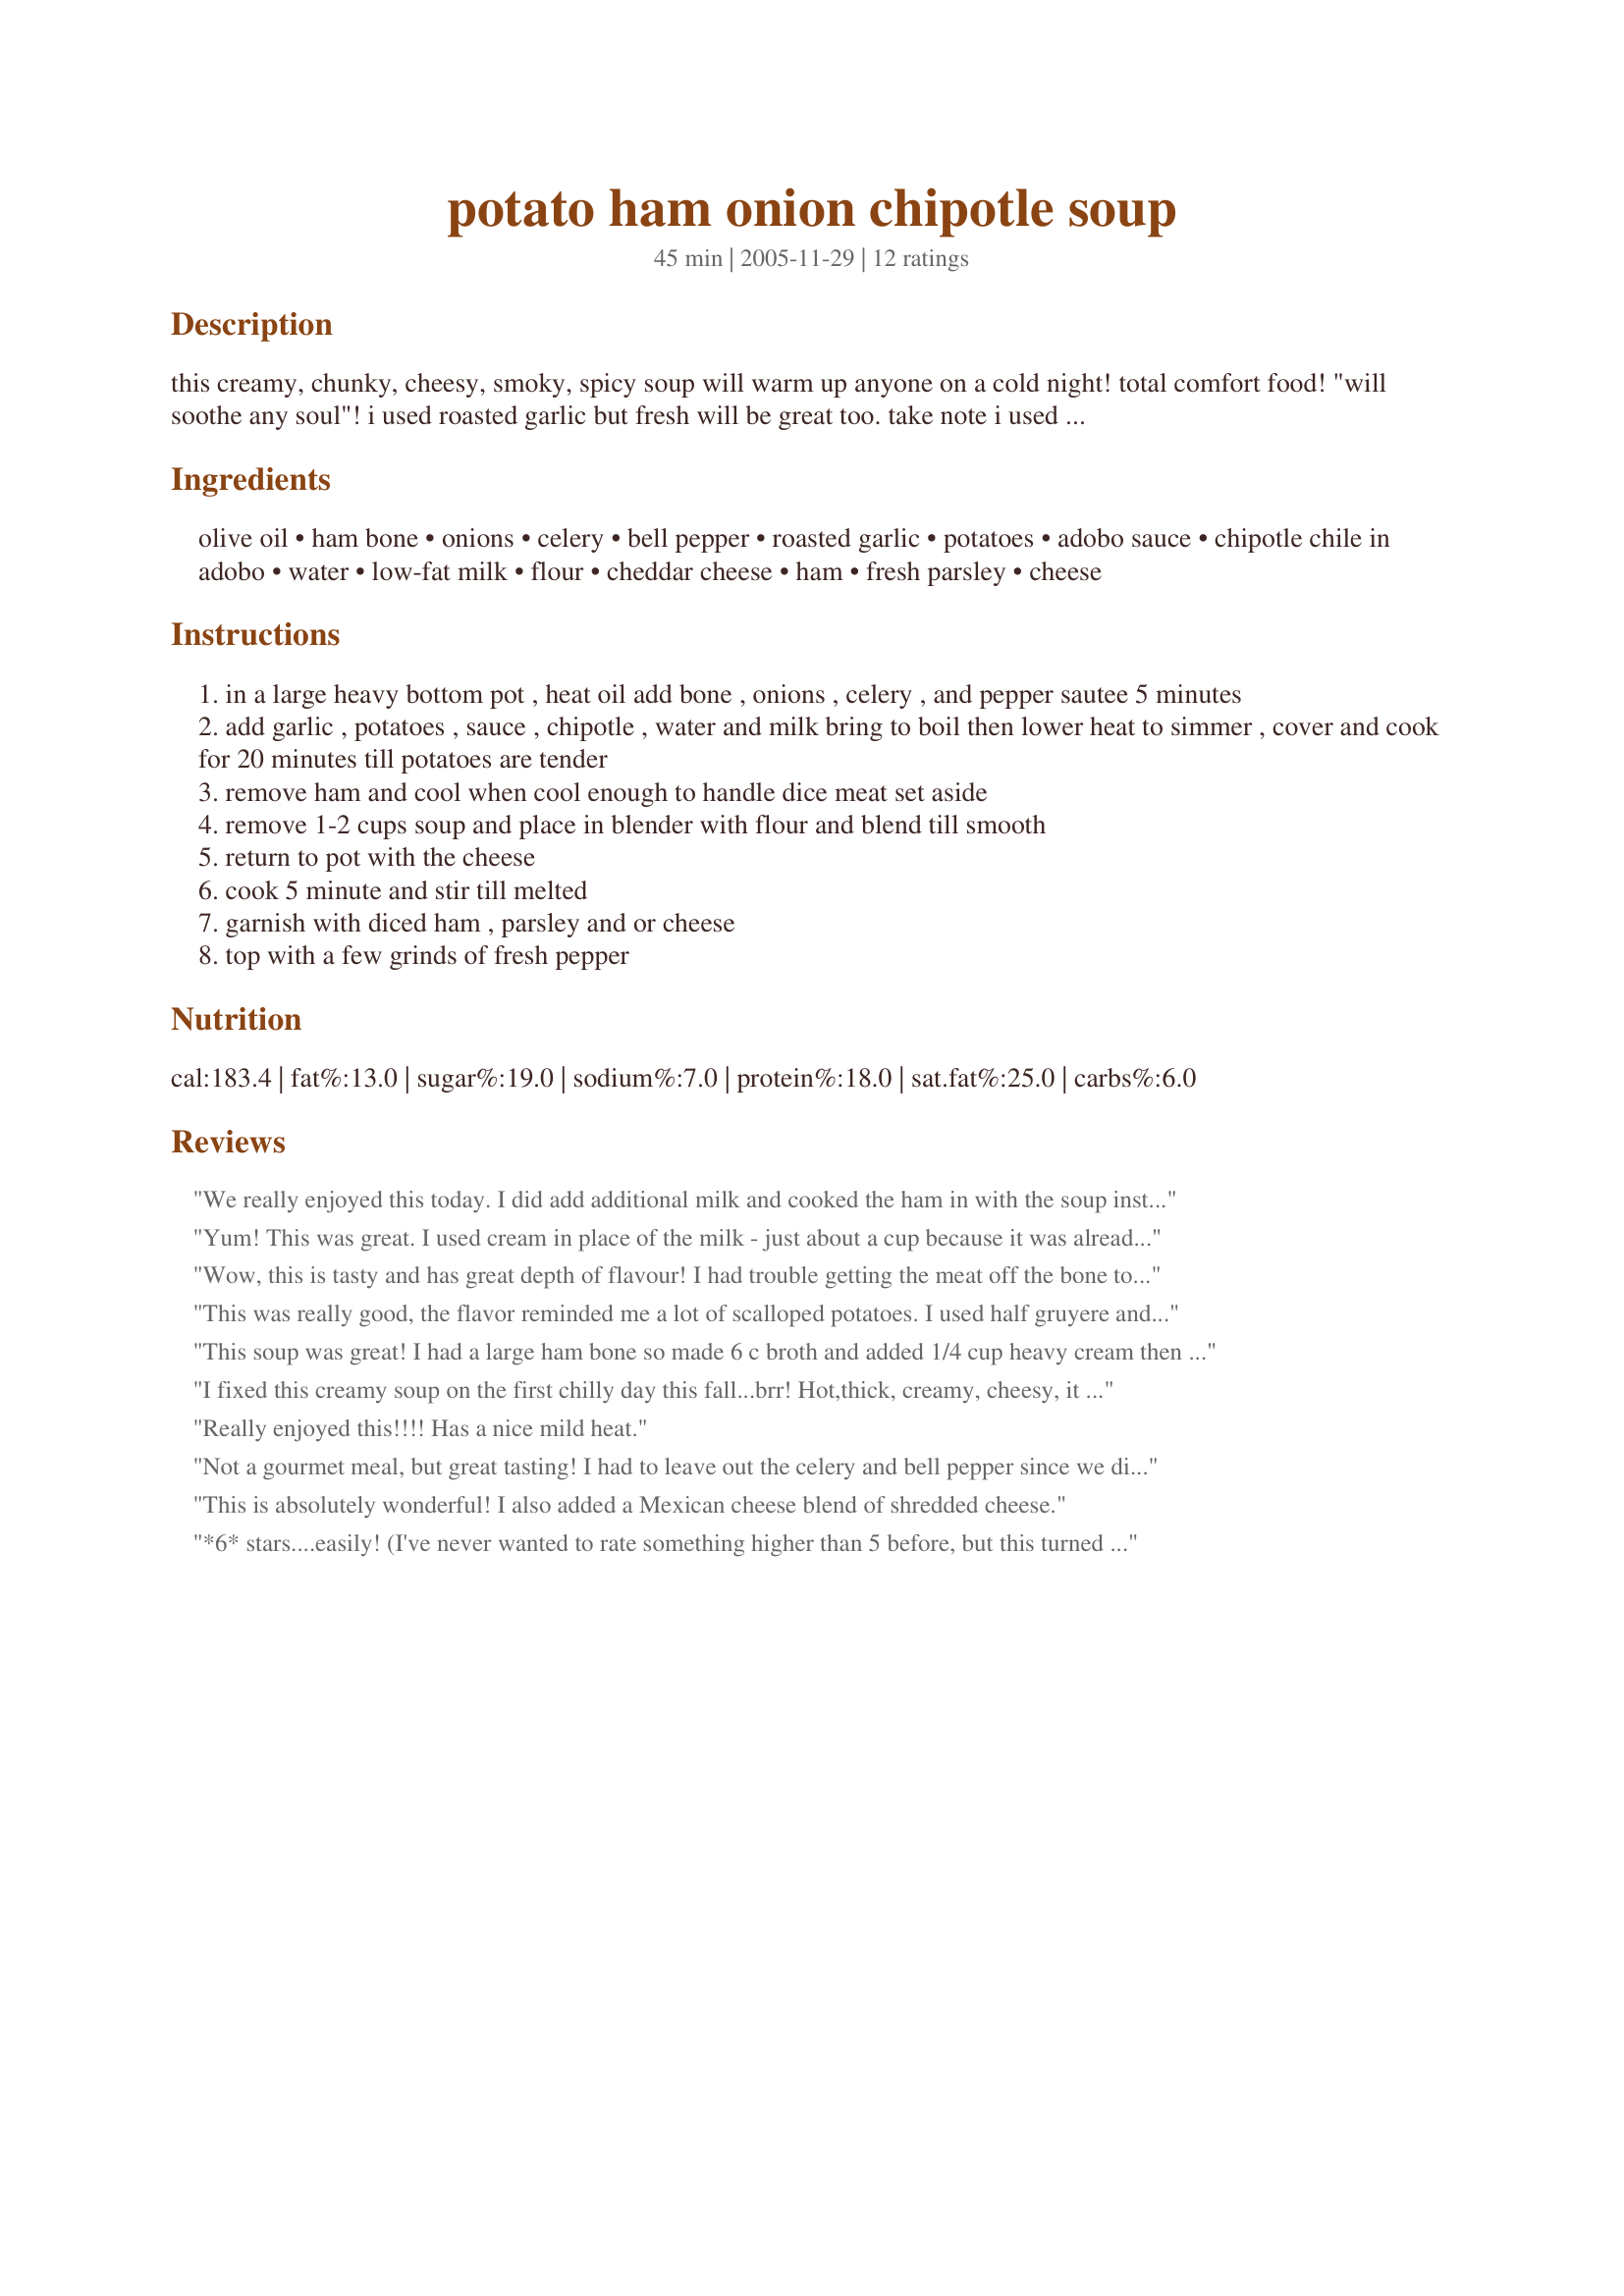
potato ham onion chipotle soup
Preparation time: 45 minutes

this creamy, chunky, cheesy, smoky, spicy soup will warm up anyone on a cold night! total comfort food! "will soothe any soul"!
i used roasted garlic but fresh will be great too. take note i used no salt because i found the ham did it job. you're welcome to season as you wish.

Ingredients:
olive oil, ham bone, onions, celery, bell pepper, roasted garlic, potatoes, adobo sauce, chipotle chile in adobo, water, low-fat milk, flour, cheddar cheese, ham, fresh parsley, cheese

Steps:
in a large heavy bottom pot , heat oil add bone , onions , celery , and pepper sautee 5 minutes
add garlic , potatoes , sauce , chipotle , water and milk bring to boil then lower heat to simmer , cover and cook for 20 minutes till potatoes are tender
remove ham and cool when cool enough to handle dice meat set aside
remove 1-2 cups soup and place in blender with flour and blend till smooth
return to pot with the cheese
cook 5 minute and stir till melted
garnish with diced ham , parsley and or cheese
top with a few grinds of fresh pepper

Reviews:
We really enjoyed this today. I did add additional milk and cooked the ham in with the soup instead of garnishing it on top. The addition of the Chipotle peppers and adobo sauce really added a nice kick to the flavors. I halved the recipe except added the whole chipotle and sauce. I let this simmer for about 2 or so hours and we really enjoyed. Thanks Rita for another great one.
Yum! This was great. I used cream in place of the milk - just about a cup because it was already the texture we liked. Delicious!
Wow, this is tasty and has great depth of flavour! I had trouble getting the meat off the bone to add in so I supplemented with leftover ham chunks near the end of the cooking. I used a whole dried chili because I didn't have the chilis in adobo sauce but it didn't give it any heat so I added chipotle hot sauce (President's Choice) until it had the warmth we were looking for (had to add much more than a tablespoon to have any impact). Adding this to my favourite recipes - thanks!
This was really good, the flavor reminded me a lot of scalloped potatoes. I used half gruyere and half cheddar and added a diced carrot as another reviewer had. I had to substitute chipotle hot sauce for the pepper and adobo since my grocery store didn't carry it.
This soup was great! I had a large ham bone so made 6 c broth and added 1/4 cup heavy cream then increased the recipe by 50%. Used only 2 chipotle chilis and no adobo sauce--any more and it would have been too spicy. Definitely on the repeat list...
I fixed this creamy soup on the first chilly day this fall...brr! Hot,thick, creamy, cheesy, it was perfect to warm me and my DH right up. I did not have a ham bone, so I just added chopped ham at the very end. I also added 1tbs taco seasoning and salt to taste, yum!
Really enjoyed this!!!! Has a nice mild heat.
Not a gourmet meal, but great tasting! I had to leave out the celery and bell pepper since we didn't have any. I also used some diced cooked ham in place of the ham bone and added it in the end with the cheese. I'm sure it would be that much better with the ham bone! I made half a recipe which I thought made about 3-4 servings. Thanks for posting!
This is absolutely wonderful! I also added a Mexican cheese blend of shredded cheese.
*6* stars....easily! (I've never wanted to rate something higher than 5 before, but this turned out to be a *spectacularly good* soup. Had my butcher halve an excellent smoked ham shank, added a diced carrot, used 2 chipotle chiles (seeded - NO sauce. Browned flour in with veggies, and didn't bother to blend - like the texture. Most importantly, used 1/2 sharp cheddar and 1/2 *smoked* gruyere cheese. Oh my....! UNreal. THANKS!
This soup is delicious! I just used freezer leftover ham chunks and roasted garlic that I keep in my freezer, I used canned adobo and increased the cheese slightly, my DH will enjoy this for lunch! thanks Rita...Kitten:)
Wonderful soup. This one is a keeper.It smelt great and I was so hungry that I forgot to add the cheese. The next time I had it with a tex mex cheese with jalopenos and I think it was actually better without it. There is enough flavour already and adding the cheese made it too salty and of course added fat and calories. If it doesn&#039;t really add anything to the taste, why add the cheese?
